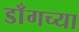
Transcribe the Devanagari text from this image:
डाँगच्या